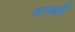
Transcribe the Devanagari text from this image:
भाष्यही